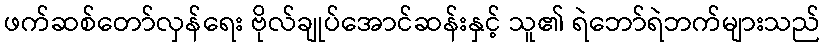
ဖက်ဆစ်တော်လှန်ရေး ဗိုလ်ချုပ်အောင်ဆန်းနှင့် သူ၏ ရဲဘော်ရဲဘက်များသည်